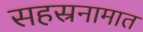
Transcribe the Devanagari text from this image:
सहस्रनामात